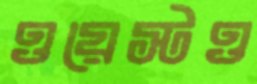
ওয়েস্টও